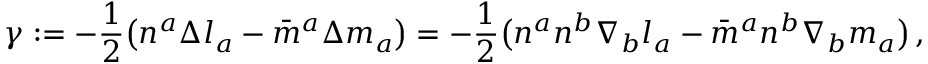
\gamma : = - { \frac { 1 } { 2 } } { \big ( } n ^ { a } \Delta l _ { a } - { \bar { m } } ^ { a } \Delta m _ { a } { \big ) } = - { \frac { 1 } { 2 } } { \big ( } n ^ { a } n ^ { b } \nabla _ { b } l _ { a } - { \bar { m } } ^ { a } n ^ { b } \nabla _ { b } m _ { a } { \big ) } \, ,